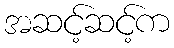
အဆင့်ဆင့်က